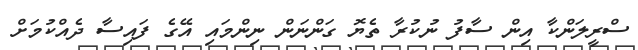
ސްރީލަންކާ އިން ސާފު ނުކުރާ ތެޔޮ ގަންނަން ނިންމައި އޭގެ ފައިސާ ދެއްކުމަށް